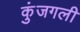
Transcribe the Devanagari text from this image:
कुंजगली